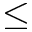
\leq